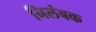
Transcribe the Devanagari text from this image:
निलंबक